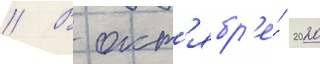
// В окт'ябр'е́ 2020